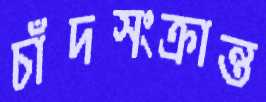
চাঁদসংক্রান্ত